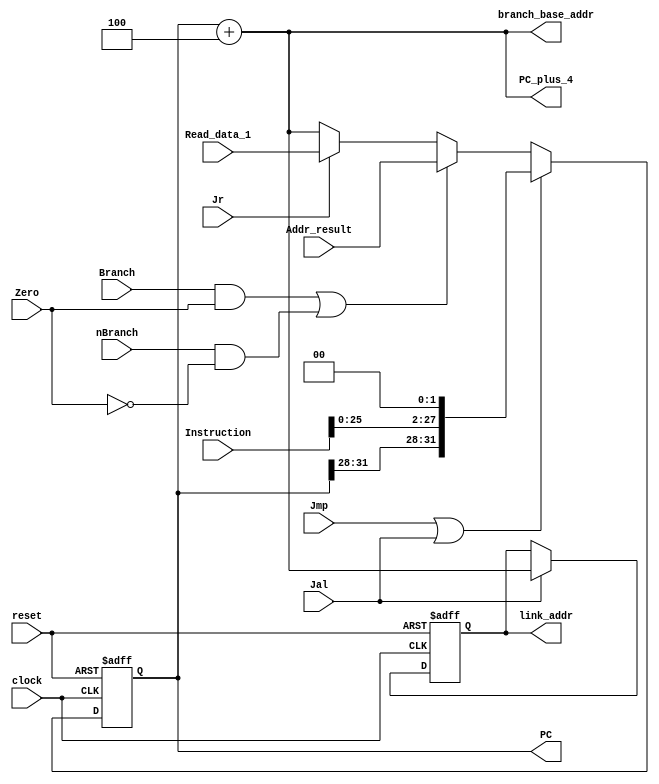
`timescale 1ns / 1ps

module Ifetc32(Instruction,branch_base_addr,Addr_result,Read_data_1,Branch,nBranch,Jmp,Jal,Jr,Zero,clock,reset,link_addr,PC_plus_4,PC);
    input[31:0] Instruction;           // PCprgrom
    output[31:0] branch_base_addr;      // (pc+4)ALU
    input[31:0]  Addr_result;            // ALU,ALU
    input[31:0]  Read_data_1;           // Decoderjr
    input        Branch;                // 
    input        nBranch;               // 
    input        Jmp;                   // 
    input        Jal;                   // 
    input        Jr;                    // 
    input        Zero;                  //ALUZero1
    input        clock,reset;           //,PC
    output reg [31:0] link_addr = 0;        // JALPC+4
    output [31:0] PC_plus_4;             // PC + 4;
    output reg [31:0] PC = 32'b0;
    
    reg [31:0] Next_PC = 32'b0;
    assign PC_plus_4 = PC + 4;
    wire [25:0]address = Instruction[25:0];
    assign branch_base_addr = PC + 4;
    always @* begin
        if(((Branch == 1) && (Zero == 1 )) || ((nBranch == 1) && (Zero == 0))) // beq, bne
            Next_PC = Addr_result;
        else if(Jr == 1)
            Next_PC = Read_data_1; // the value of $31 register
        else 
            Next_PC = PC_plus_4; // PC+4
    end

    always @(negedge clock or posedge reset) begin
        if(reset == 1)
            PC <= 32'b0;
        else if((Jmp == 1) || (Jal == 1)) 
            PC <= {PC[31:28], address, 2'b00};//
        else
            PC <= Next_PC;
    end

    always @(negedge clock or posedge reset) begin
        if(reset) link_addr <= 0;
        else if((Jal == 1)) 
            link_addr <= PC_plus_4;
    end



endmodule